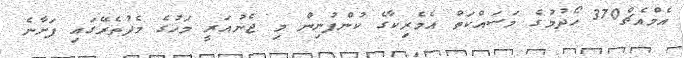
އެމްއެޗް370 ހޯދުމުގެ މަސައްކަތް އެމެރިކާގެ ކުންފުނިން މި ޖެނުއަރީ މަހުގެ މެދުތެރޭގައި ފަށާނެ